Source: Handwritten
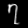
Digit: ၇ (7)